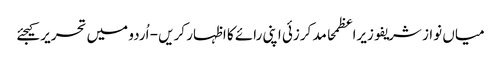
میاں نواز شریفوزیراعظمحامد کرزئی اپنی رائے کا اظہار کریں - اُردو میں تحریر کیجئے